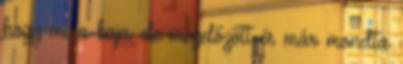
hogy mi a baja, de megelőzött és már mondta